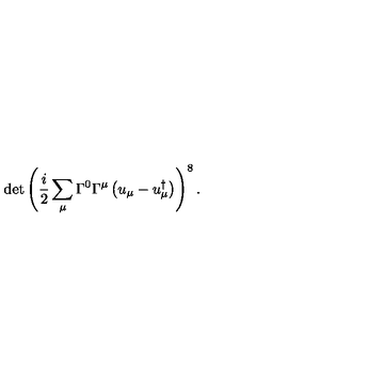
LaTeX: \det \left( \frac { i } { 2 } \sum _ { \mu } \Gamma ^ { 0 } \Gamma ^ { \mu } \left( u _ { \mu } - u _ { \mu } ^ { \dagger } \right) \right) ^ { 8 } .